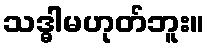
သဒ္ဓါမဟုတ်ဘူး။